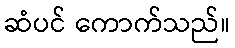
ဆံပင် ကောက်သည်။